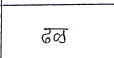
मजकूर: ढळ